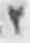
2